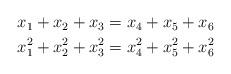
LaTeX: \begin{align*}\begin{aligned}x_{1} + x_{2} + x_{3} &= x_{4} + x_{5} + x_{6}\\x_{1}^{2} + x_{2}^{2} + x_{3}^{2} &= x_{4}^{2} + x_{5}^{2} + x_{6}^{2}\end{aligned}\end{align*}